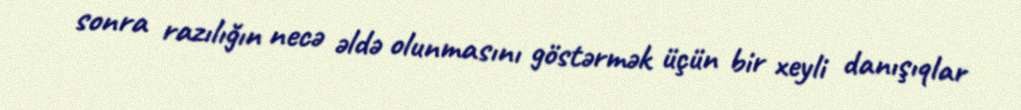
sonra razılığın necə əldə olunmasını göstərmək üçün bir xeyli danışıqlar